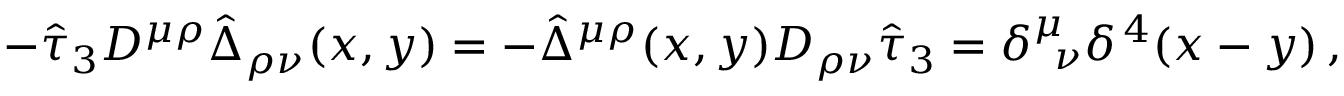
- \hat { \tau } _ { 3 } { \cal D } ^ { \mu \rho } \hat { \Delta } _ { \rho \nu } ( x , y ) = - \hat { \Delta } ^ { \mu \rho } ( x , y ) { \cal D } _ { \rho \nu } \hat { \tau } _ { 3 } = \delta _ { \; \; \nu } ^ { \mu } \delta ^ { \, 4 } ( x - y ) \, ,